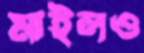
মাইলও